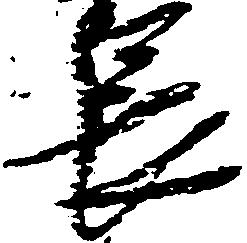
長